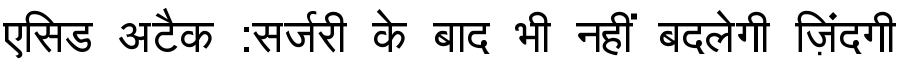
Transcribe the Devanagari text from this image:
एसिड अटैक :सर्जरी के बाद भी नहीं बदलेगी ज़िंदगी